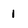
Character: 1